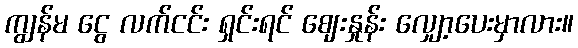
ကျွန်မ ငွေ လက်ငင်း ရှင်းရင် ဈေးနှုန်း လျှော့ပေးမှာလား။